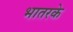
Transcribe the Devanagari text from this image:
भातरके